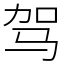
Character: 驾